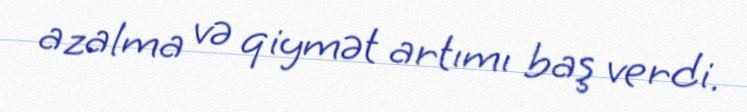
azalma və qiymət artımı baş verdi.